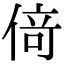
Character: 𠋣